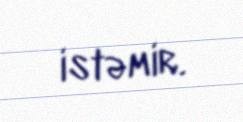
istəmir.